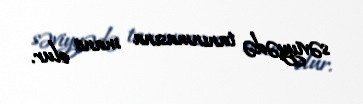
səviyyədə tanınmasına mane olur.